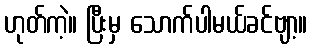
ဟုတ်ကဲ့။ ပြီးမှ သောက်ပါမယ်ခင်ဗျာ့။